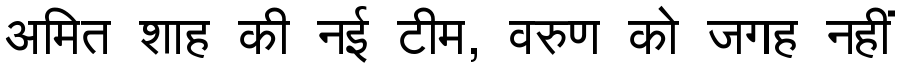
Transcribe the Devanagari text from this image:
अमित शाह की नई टीम, वरुण को जगह नहीं